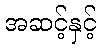
အဆင့်နှင့်